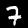
Label: 7